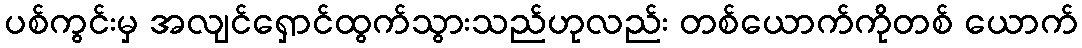
ပစ်ကွင်းမှ အလျင်ရှောင်ထွက်သွားသည်ဟုလည်း တစ်ယောက်ကိုတစ် ယောက်